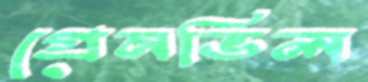
গ্রেনভিল